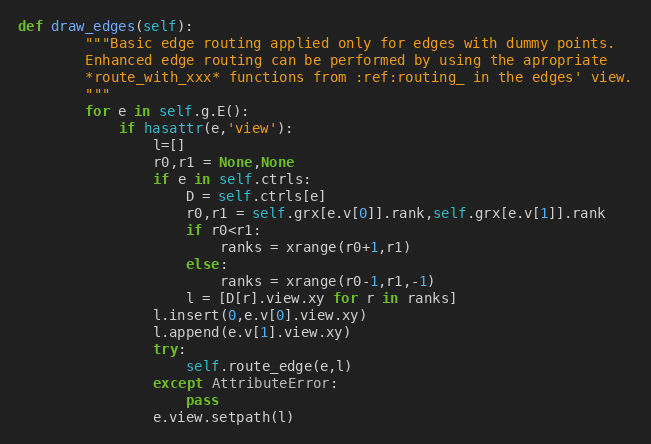
Language: Python
def draw_edges(self):
        """Basic edge routing applied only for edges with dummy points.
        Enhanced edge routing can be performed by using the apropriate
        *route_with_xxx* functions from :ref:routing_ in the edges' view.
        """
        for e in self.g.E():
            if hasattr(e,'view'):
                l=[]
                r0,r1 = None,None
                if e in self.ctrls:
                    D = self.ctrls[e]
                    r0,r1 = self.grx[e.v[0]].rank,self.grx[e.v[1]].rank
                    if r0<r1:
                        ranks = xrange(r0+1,r1)
                    else:
                        ranks = xrange(r0-1,r1,-1)
                    l = [D[r].view.xy for r in ranks]
                l.insert(0,e.v[0].view.xy)
                l.append(e.v[1].view.xy)
                try:
                    self.route_edge(e,l)
                except AttributeError:
                    pass
                e.view.setpath(l)